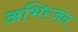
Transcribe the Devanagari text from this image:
अभिरजंन